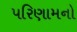
પરિણામનો